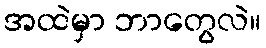
အထဲမှာ ဘာတွေလဲ။